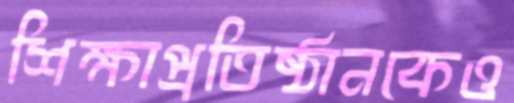
শিক্ষাপ্রতিষ্ঠানকেও